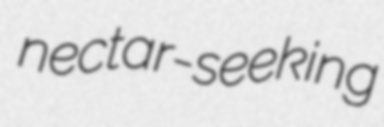
nectar-seeking